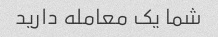
شما یک معامله دارید